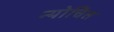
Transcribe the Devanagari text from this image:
न्योचित